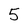
Character: 5